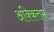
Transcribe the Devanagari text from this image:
अक्कित्तम्